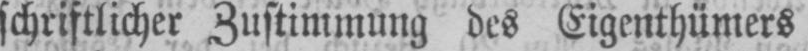
schriftlicher Zustimmung des Eigenthümers